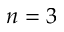
n = 3